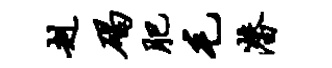
赳碣肥毛潜